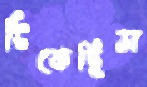
টিকেছিস